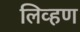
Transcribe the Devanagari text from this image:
लिव्हण